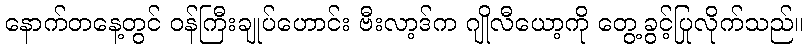
နောက်တနေ့တွင် ဝန်ကြီးချုပ်ဟောင်း ဗီးလာ့ဒ်က ဂျိုလီယော့ကို တွေ့ခွင့်ပြုလိုက်သည်။